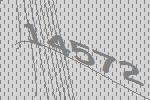
14572